Language: tamil
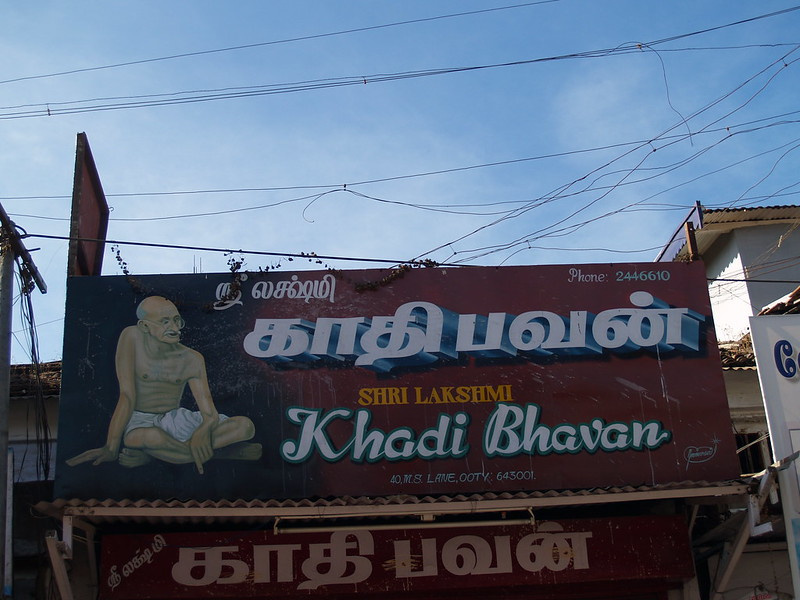
Transcription: லக்ஷ்மி காதிபவன் காதி பவன் லக்ஷ்மி